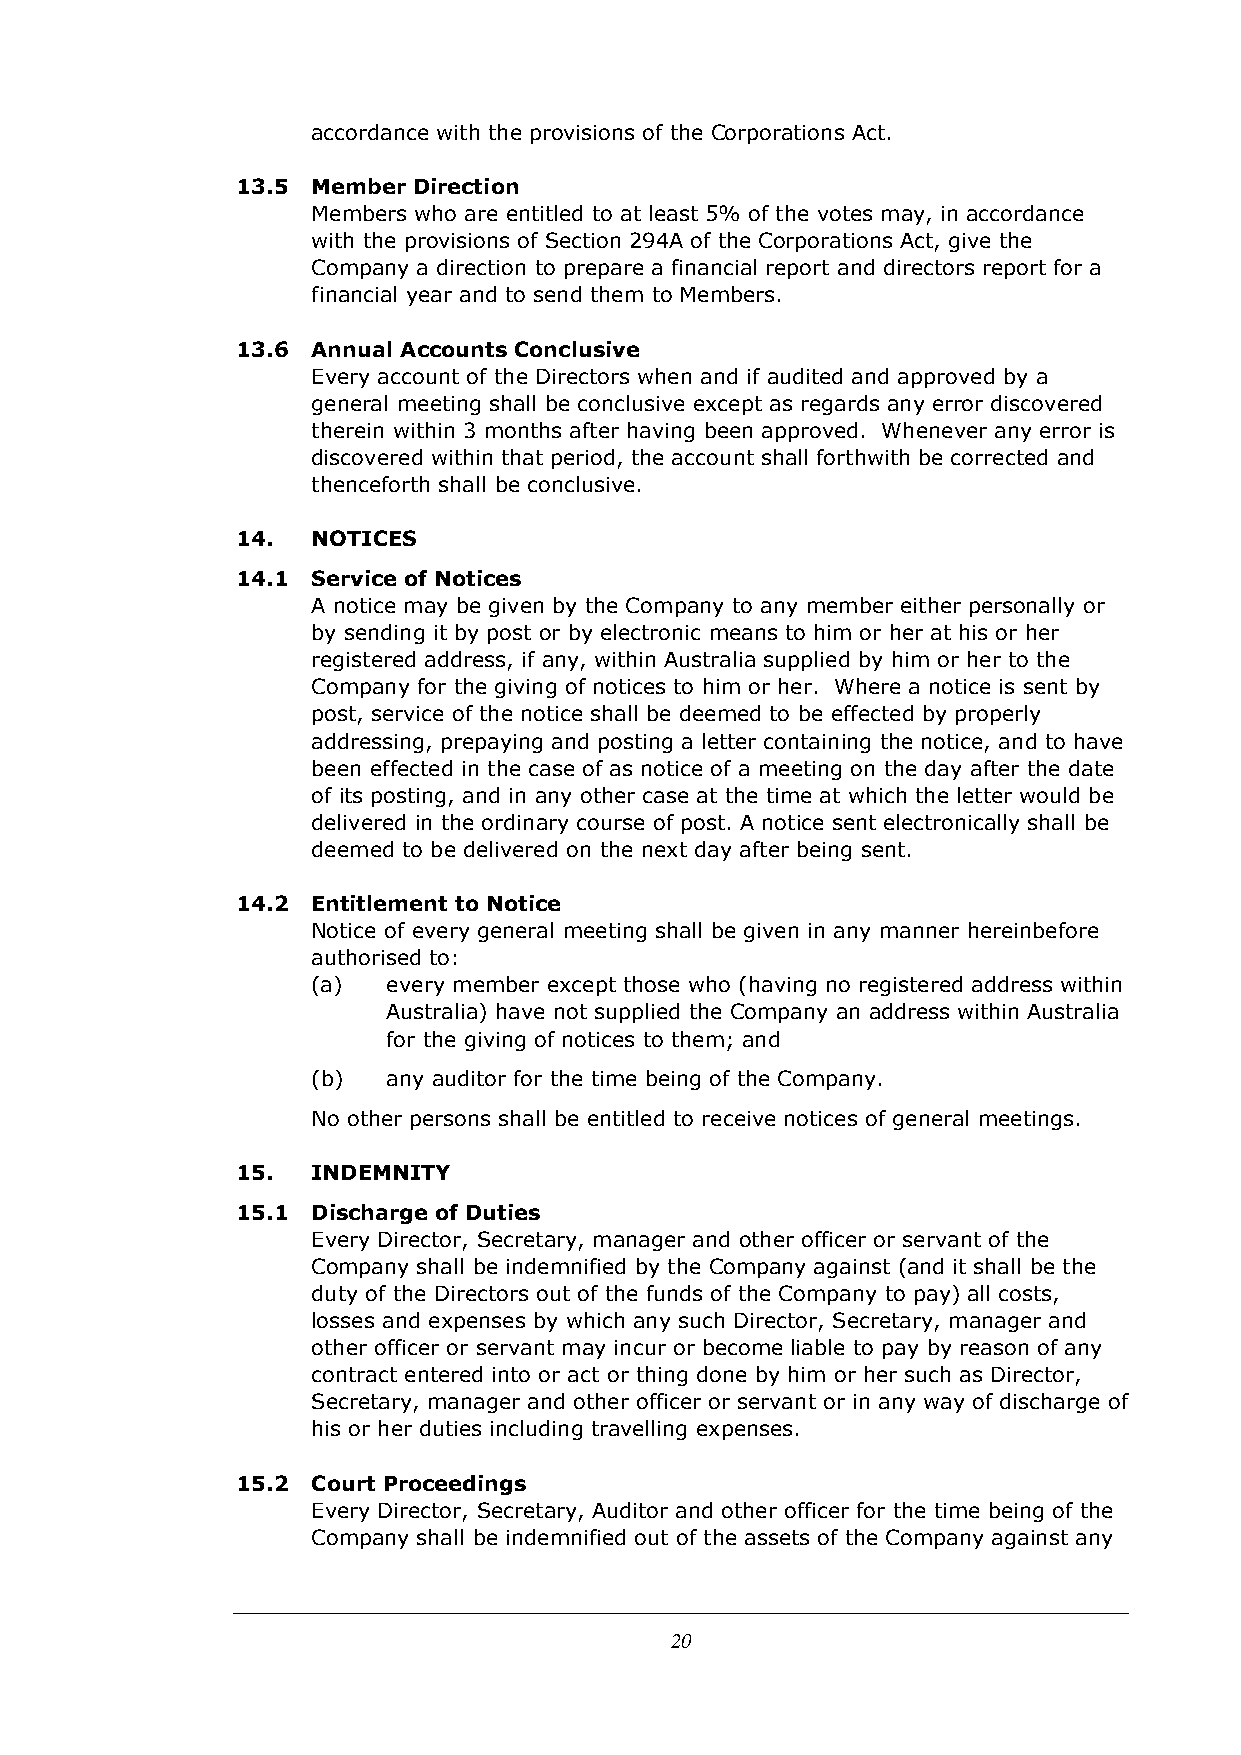
accordance with the provisions of the Corporations Act.
 13.5 Member Direction
 Members who are entitled to at least 5% of the votes may, in accordance
 with the provisions of Section 294A of the Corporations Act, give the
 Company a direction to prepare a financial report and directors report for a
 financial year and to send them to Members.
 13.6 Annual Accounts Conclusive
 Every account of the Directors when and if audited and approved by a
 general meeting shall be conclusive except as regards any error discovered
 therein within 3 months after having been approved. Whenever any error is
 discovered within that period, the account shall forthwith be corrected and
 thenceforth shall be conclusive.
 14.  NOTICES
 14.1 Service of Notices
 A notice may be given by the Company to any member either personally or
 by sending it by post or by electronic means to him or her at his or her
 registered address, if any, within Australia supplied by him or her to the
 Company for the giving of notices to him or her. Where a notice is sent by
 post, service of the notice shall be deemed to be effected by properly
 addressing, prepaying and posting a letter containing the notice, and to have
 been effected in the case of as notice of a meeting on the day after the date
 of its posting, and in any other case at the time at which the letter would be
 delivered in the ordinary course of post. A notice sent electronically shall be
 deemed to be delivered on the next day after being sent.
 14.2 Entitlement to Notice
 Notice of every general meeting shall be given in any manner hereinbefore
 authorised to:
 (a)  every member except those who (having no registered address within
 Australia) have not supplied the Company an address within Australia
 for the giving of notices to them; and
 (b)  any auditor for the time being of the Company.
 No other persons shall be entitled to receive notices of general meetings.
 15.  INDEMNITY
 15.1 Discharge of Duties
 Every Director, Secretary, manager and other officer or servant of the
 Company shall be indemnified by the Company against (and it shall be the
 duty of the Directors out of the funds of the Company to pay) all costs,
 losses and expenses by which any such Director, Secretary, manager and
 other officer or servant may incur or become liable to pay by reason of any
 contract entered into or act or thing done by him or her such as Director,
 Secretary, manager and other officer or servant or in any way of discharge of
 his or her duties including travelling expenses.
 15.2 Court Proceedings
 Every Director, Secretary, Auditor and other officer for the time being of the
 Company shall be indemnified out of the assets of the Company against any
 20